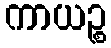
ကာယဉ္စ